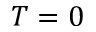
T = 0